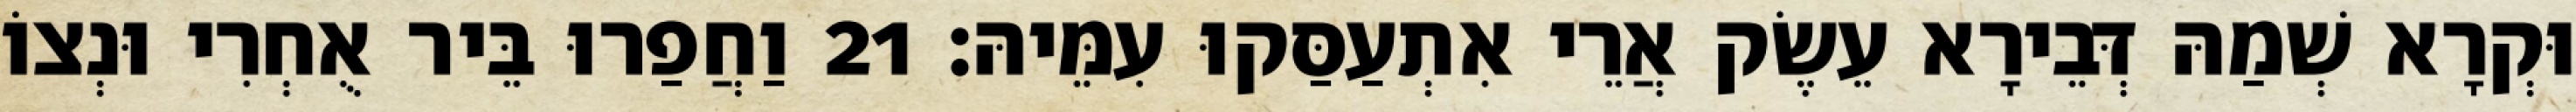
וּקְרָא שְׁמַהּ דְּבֵירָא עֵשֶׂק אֲרֵי אִתְעַסַּקוּ עִמֵּיהּ׃ 21 וַחֲפַרוּ בֵּיר אֻחְרִי וּנְצוֹ